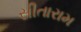
સીતારામ